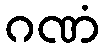
ဂဏံ